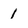
Character: 1